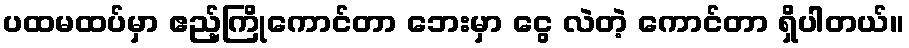
ပထမထပ်မှာ ဧည့်ကြိုကောင်တာ ဘေးမှာ ငွေ လဲတဲ့ ကောင်တာ ရှိပါတယ်။